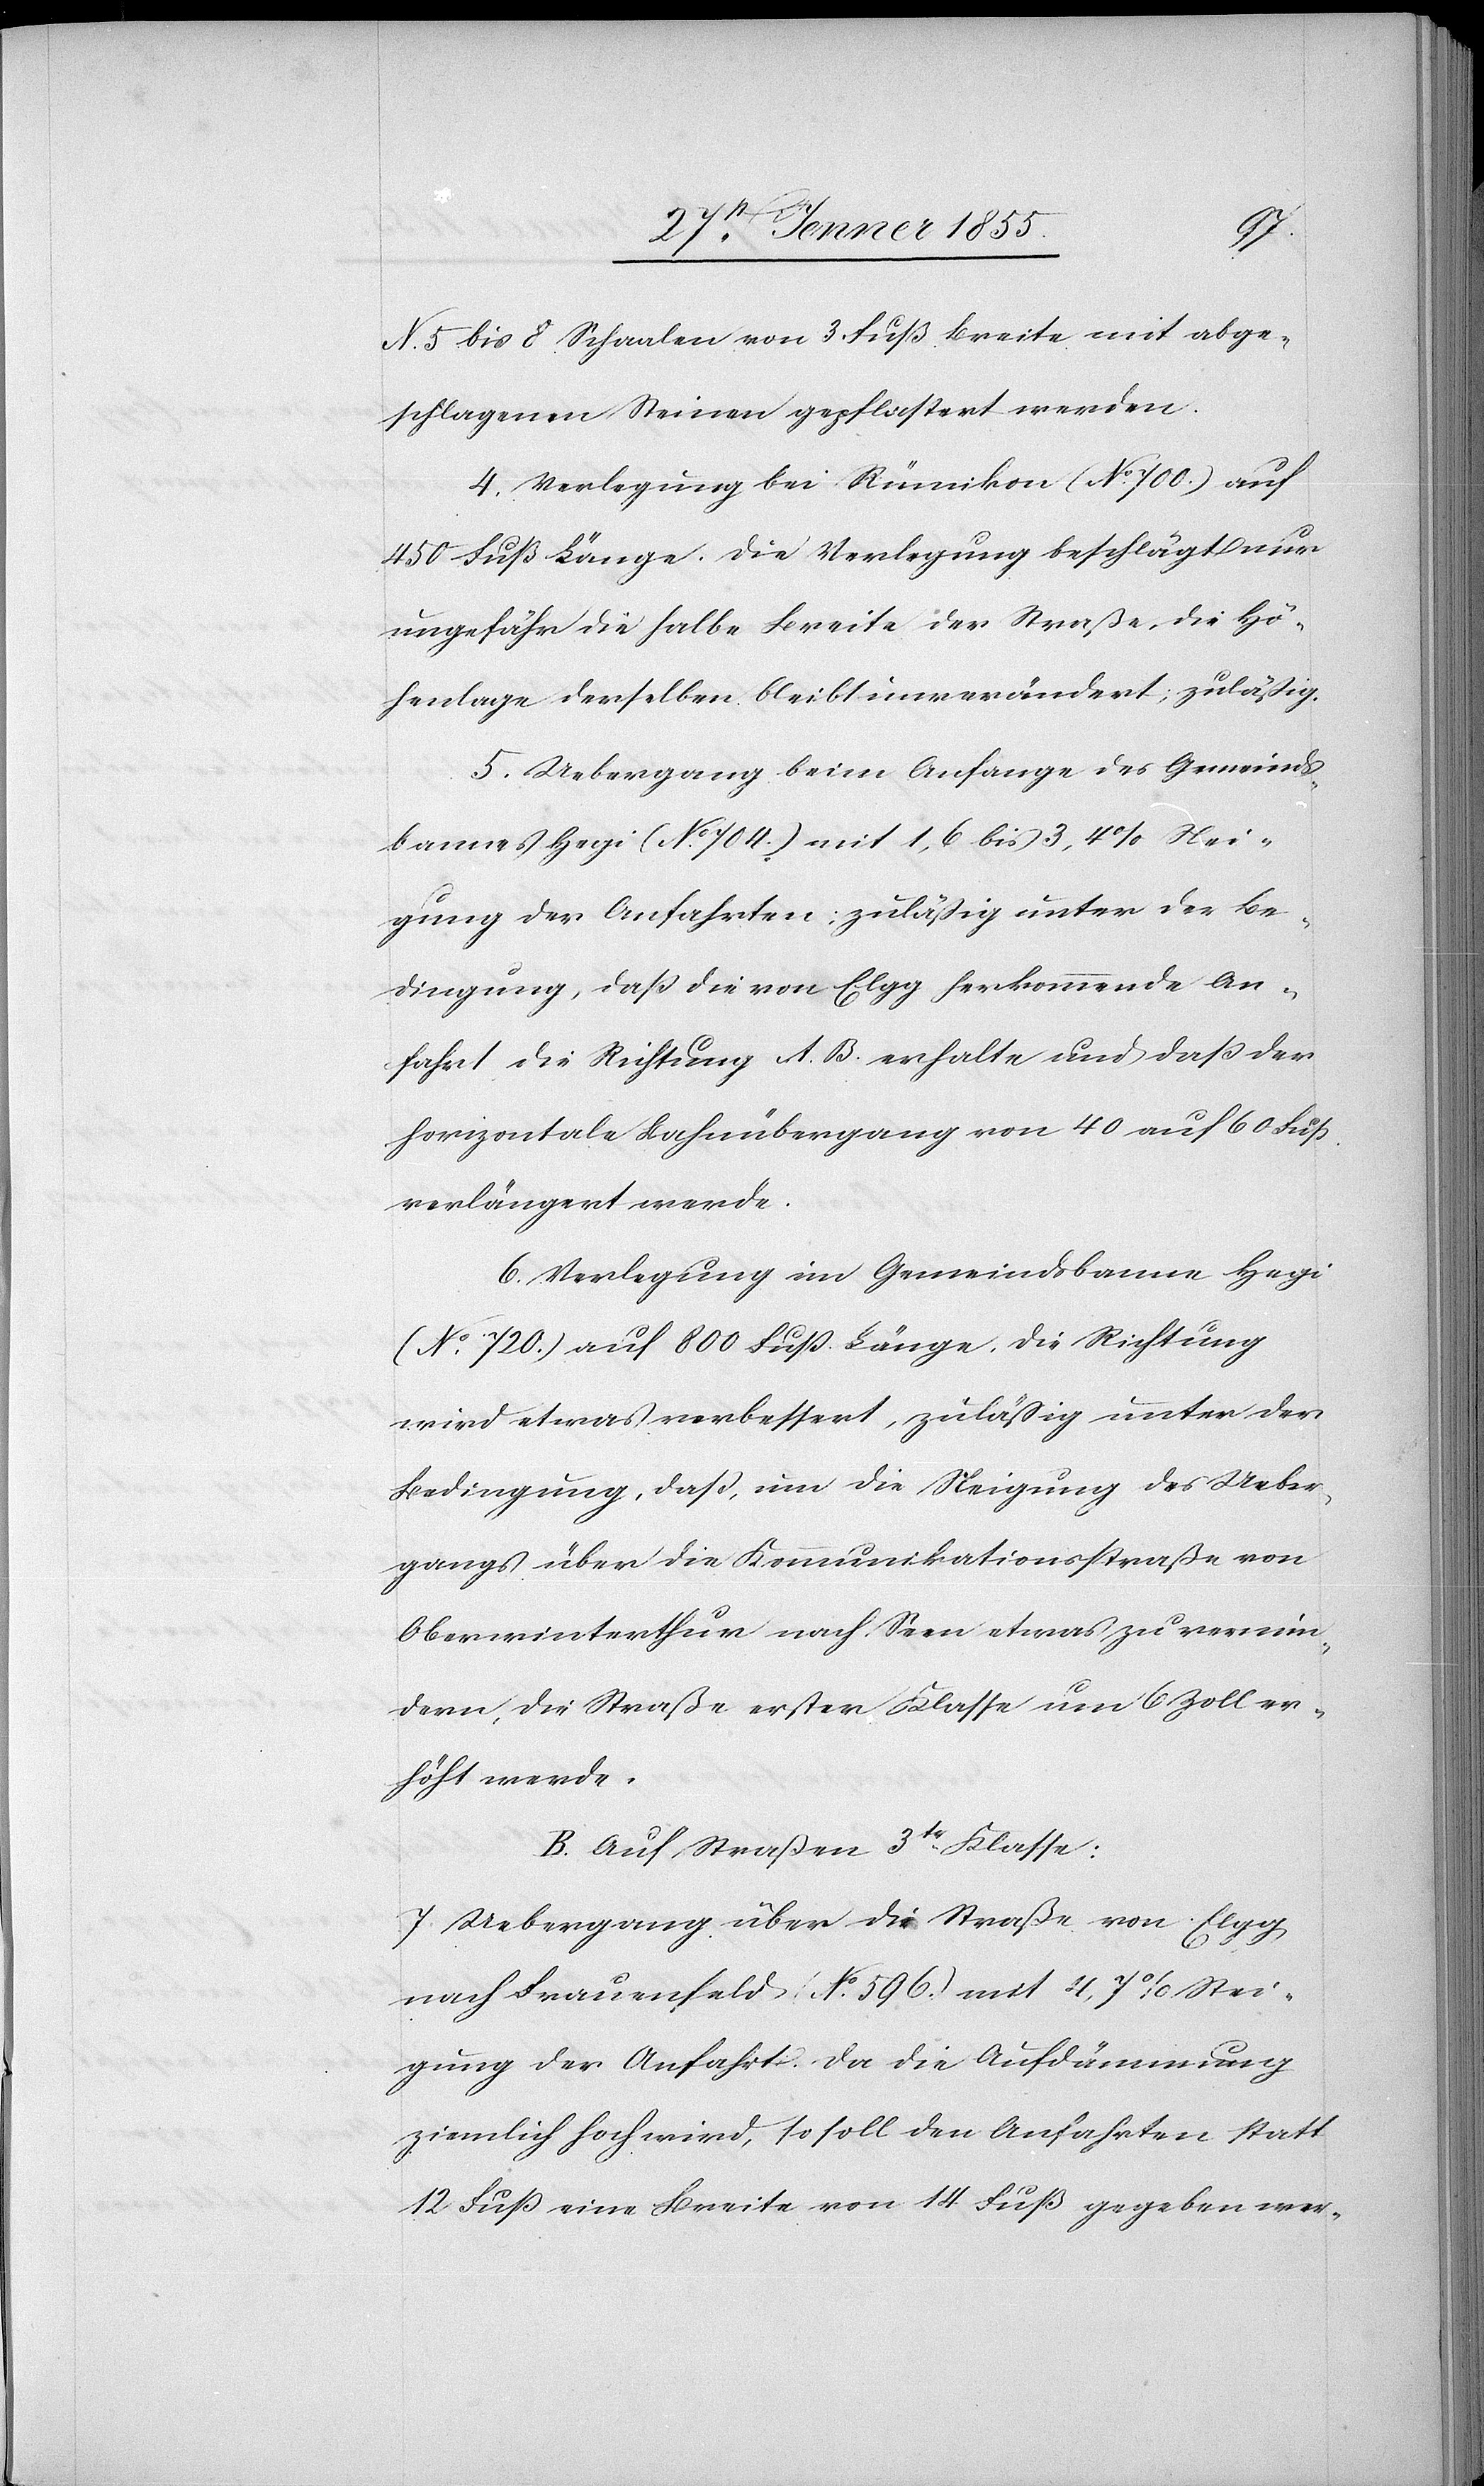
N[o]. 5 bis 8 Schaalen von 3 Fuß Breite mit abge¬
schlagenen Steinen gepflastert werden.
4. Verlegung bei Rümikon (No. 700.) auf
450 Fuß Länge. Die Verlegung beschlägt nur
ungefähr die halbe Breite der Straße, die Hö¬
henlage derselben bleibt unverändert; zuläßig.
5. Uebergang beim Anfange des Gemeinds¬
bannes Hegi (No. 704.) mit 1,6 bis 3,4% Stei¬
gung der Anfahrten; zuläßig unter der Be¬
dingung, daß die von Elgg herkommende An¬
fahrt die Richtung A. B. erhalte und daß der
horizontale Bahnübergang von 40 auf 60 Fuß
verlängert werde.
6. Verlegung im Gemeindsbanne Hegi
(No. 720.) auf 800 Fuß Länge, die Richtung
wird etwas verbessert, zuläßig unter der
Bedingung, daß, um die Steigung des Ueber¬
gangs über die Kommunikationsstraße von
Oberwinterthur nach Seen etwas zu vermin¬
dern, die Straße erster Klasse um 6 Zoll er¬
höht werde.
B. Auf Straßen 3tr. Klasse:
7. Uebergang über die Straße von Elgg
nach Frauenfeld (No. 596.) mit 4,7% Stei¬
gung der Anfahrt. Da die Aufdämmung
ziemlich hoch wird, so soll den Anfahrten statt
12 Fuß eine Breite von 14 Fuß gegeben wer-